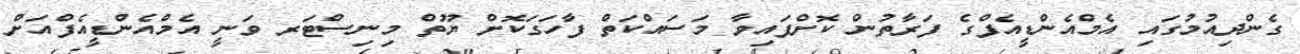
ގެންދިއުމުގައި އެމްއެންޑީއެފްގެ ފަރާތުން ކޮށްފައިވާ މަސައްކަތް ފާހަގަކޮށް ޔޫތް މިނިސްޓަރ ވަނީ އެމްއެންޑީއެފްއަށް